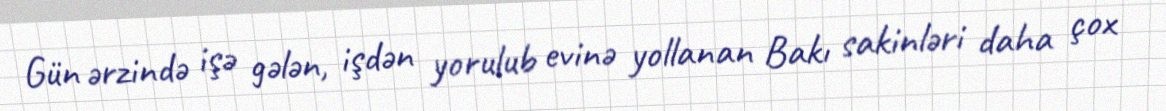
Gün ərzində işə gələn, işdən yorulub evinə yollanan Bakı sakinləri daha çox